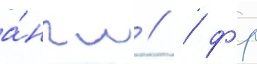
а́нгл // / фр